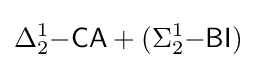
\Delta _{2}^{1}{\mathsf {-CA}}+(\Sigma _{2}^{1}{\mathsf {-BI}})